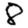
Digit: 8